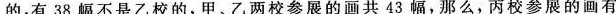
的，有38幅不是乙校的，甲、乙两校参展的画共43幅，那么，丙校参展的画有